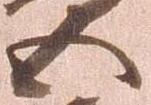
五